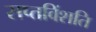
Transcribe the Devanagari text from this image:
सप्तविंशति